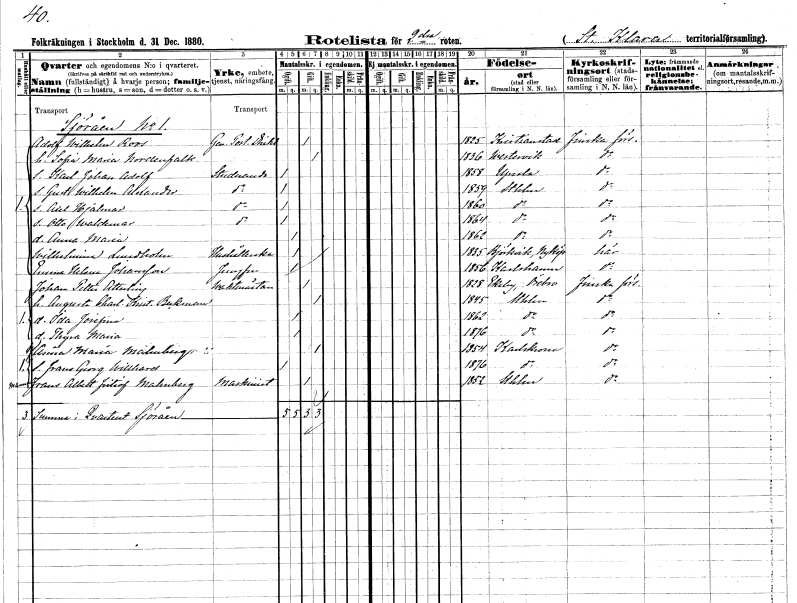
gt_parse: households: individuals: FN: Adolf Wilhelm
EN: Roos
YRKE: Generalpostdirektör
KON: M
CIV: G
FODAR: 1825
FODFORS: Kristianstad Kristianstads län
FN: Sofia Maria
EN: Nordenfalk
KON: K
CIV: G
FODAR: 1836
FODFORS: Västervik Kalmar län
FN: Karl Johan Adolf
YRKE: Studerande
KON: M
CIV: O
FODAR: 1858
FODFORS: Uppsala Uppsala län
FN: Gustaf Wilhelm Alexander
YRKE: Studerande
KON: M
CIV: O
FODAR: 1859
FODFORS: Stockholm
FN: Axel Hjalmar
YRKE: Studerande
KON: M
CIV: O
FODAR: 1860
FODFORS: Stockholm
FN: Otto Waldemar
YRKE: Studerande
KON: M
CIV: O
FODAR: 1864
FODFORS: Stockholm
FN: Anna Maria
KON: K
CIV: O
FODAR: 1862
FODFORS: Stockholm
FN: Wilhelmina
EN: Lundholm
YRKE: Hushållerska
KON: K
CIV: O
FODAR: 1835
FODFORS: Björkvik Södermanlands län
FN: Emma Helena
EN: Johansson
YRKE: Jungfru
KON: K
CIV: O
FODAR: 1856
FODFORS: Karlshamn Blekinge län
FN: Johan Petter
EN: Atterling
YRKE: Vaktmästare
KON: M
CIV: G
FODAR: 1828
FODFORS: Ekeby Örebro län
FN: Augusta Charlotta Kristina
EN: Beckman
KON: K
CIV: G
FODAR: 1845
FODFORS: Stockholm
FN: Ida Josefina
KON: K
CIV: O
FODAR: 1862
FODFORS: Stockholm
FN: Thyra Maria
KON: K
CIV: O
FODAR: 1876
FODFORS: Stockholm
FN: Frans Albert Fritiof
EN: Malmberg
YRKE: Maskinist
KON: M
CIV: G
FODAR: 1852
FODFORS: Stockholm
FN: Anna Maria
EN: Malmberg
KON: K
CIV: G
FODAR: 1854
FODFORS: Karlskrona Blekinge län
FN: Frans Georg Willhard
KON: M
CIV: O
FODAR: 1876
FODFORS: Karlskrona Blekinge län